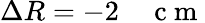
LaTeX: \Delta R=-2\quad\mathrm{~c~m~}